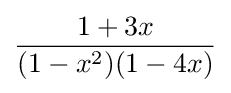
{\frac {1+3x}{(1-x^{2})(1-4x)}}